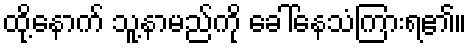
ထို့နောက် သူ့နာမည်ကို ခေါ်နေသံကြားရ၏။